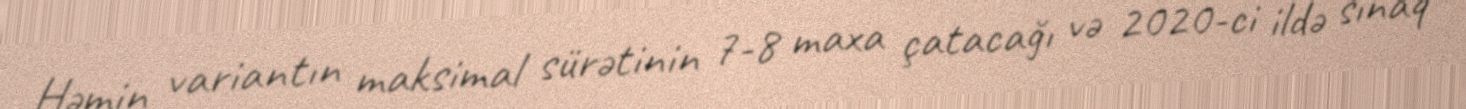
Həmin variantın maksimal sürətinin 7-8 maxa çatacağı və 2020-ci ildə sınaq